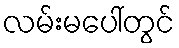
လမ်းမပေါ်တွင်